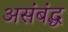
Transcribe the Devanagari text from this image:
असंबंद्ध